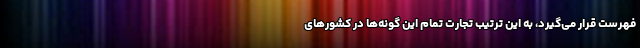
فهرست قرار می‌گیرد، به این ترتیب تجارت تمام این گونه‌ها در کشورهای